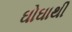
ઘોઘાથી